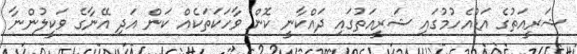
ޝަރީއަތުގެ އަޑުއެހުމުގައި ޝަރީއަތުގައި ދައްކާނީ ކޮން ވާހަކަތަކެއް ކަން އަދި އޭނާގެ ވަކީލުންނާ